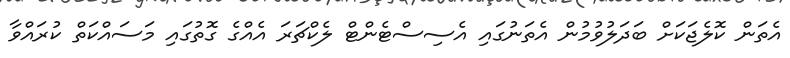
އެތަން ކޮލެޖަކަށް ބަދަލުވުމުން އެތަނުގައި އެސިސްޓެންޓް ލެކްޗަރަ އެއްގެ ގޮތުގައި މަސައްކަތް ކުރައްވާ